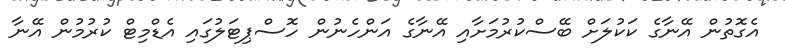
އެގޮތުން އޭނާގެ ކަކުލަށް ބޭސްކުރުމަށާއި އޭނާގެ އަންހެނުން ހޮސްޕިޓަލުގައި އެޑްމިޓް ކުރުމުން އޭނާ